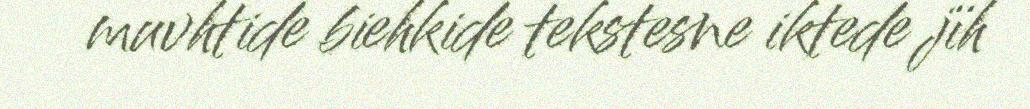
muvhtide biehkide tekstesne iktede jïh